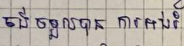
ចង់ទទួលបាន ការអប់រំ